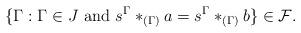
LaTeX: \begin{align*}\{\Gamma:\Gamma \in J \textrm{ and } s^\Gamma*_{(\Gamma)}a=s^\Gamma*_{(\Gamma)}b\} \in \mathcal{F}.\end{align*}